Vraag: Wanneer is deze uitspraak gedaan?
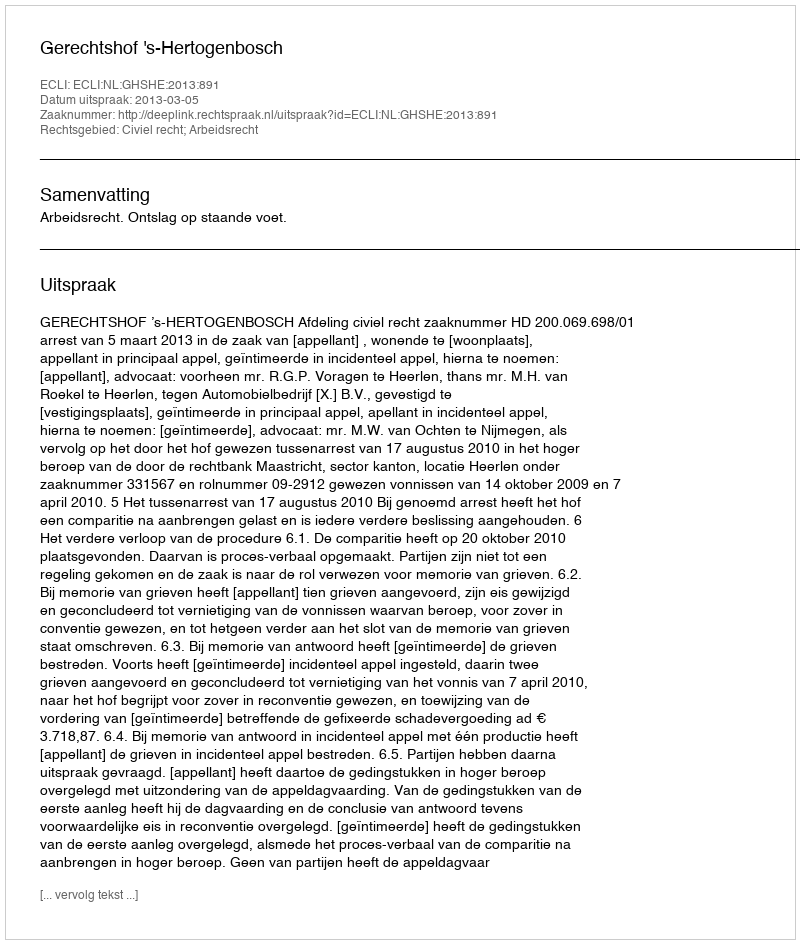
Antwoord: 2013-03-05